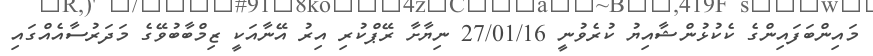
މައިންބަފައިންގެ ކެކުޅުންޝާއިޔު ކުރެވުނީ 27/01/16 ނިޔާށާ ރޭޕްކުރި އިރު އޭނާއަކީ ޒިމްބާބުވޭގެ މަދަރުސާއެއްގައި